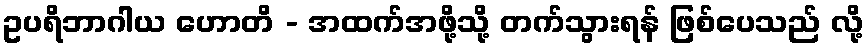
ဥပရိဘာဂါယ ဟောတိ - အထက်အဖို့သို့ တက်သွားရန် ဖြစ်ပေသည် လို့